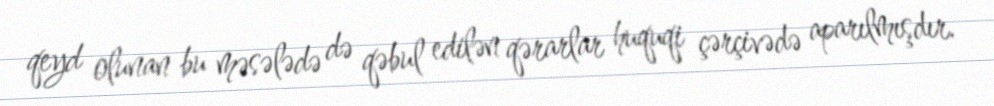
qeyd olunan bu məsələdə də qəbul edilən qərarlar huquqi çərçivədə aparılmışdır.